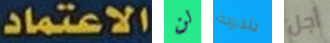
الاعتماد لن بتجربة أجل